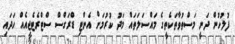
ފުލުހުން ދަނީ މަސްތުވާތަކެތީގެ މައްސަލަތައް މަދު ކުރުމަށް އެންޓި ޑްރަގްސް ސްޓްރެޓެޖީއެއް ހަދައި